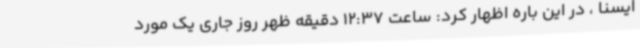
ایسنا ، در این باره اظهار کرد: ساعت 12:37 دقیقه ظهر روز جاری یک مورد